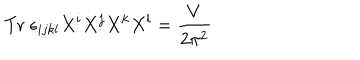
LaTeX: \mathrm { T r } \; \epsilon _ { i j k l } X ^ { i } X ^ { j } X ^ { k } X ^ { l } = \frac { V } { 2 \pi ^ { 2 } }